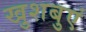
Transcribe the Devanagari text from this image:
खुशबुएं